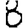
Digit: 8